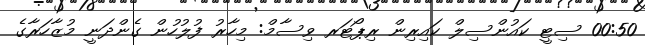
00:50 ސިޓީ ކައުންސިލް ކައިރިން ރިޕޯޓަރ ވިސާމް: މިހާރު ފުލުހުން ގެންދަނީ މުޒާހަރާގެ